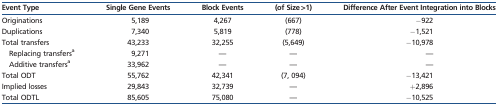
<table><thead><tr><td><b>Event Type</b></td><td><b>Single Gene Events</b></td><td><b>Block Events</b></td><td><b>(of Size &gt;1)</b></td><td><b>Difference After Event Integration into Blocks</b></td></tr></thead><tbody><tr><td>Originations</td><td>5,189</td><td>4,267</td><td>(667)</td><td>−922</td></tr><tr><td>Duplications</td><td>7,340</td><td>5,819</td><td>(778)</td><td>−1,521</td></tr><tr><td>Total transfers</td><td>43,233</td><td>32,255</td><td>(5,649)</td><td>−10,978</td></tr><tr><td> Replacing transfers<sup>a</sup></td><td>9,271</td><td>—</td><td>—</td><td>—</td></tr><tr><td> Additive transfers<sup>a</sup></td><td>33,962</td><td>—</td><td>—</td><td>—</td></tr><tr><td>Total ODT</td><td>55,762</td><td>42,341</td><td>(7, 094)</td><td>−13,421</td></tr><tr><td>Implied losses</td><td>29,843</td><td>32,739</td><td>—</td><td>+2,896</td></tr><tr><td>Total ODTL</td><td>85,605</td><td>75,080</td><td>—</td><td>−10,525</td></tr></tbody></table>